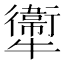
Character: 𤜂